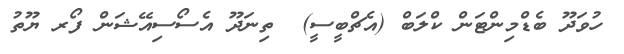
ހުވަދޫ ބެޑްމިންޓަން ކްލަބް (އެޗްބީސީ)  ތިނަދޫ އެސޯސިއޭޝަން ފޯރ ޔޫތު